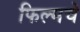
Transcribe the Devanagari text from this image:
फिल्मचे